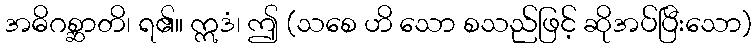
အဓိဂစ္ဆာတိ၊ ရ၏။ ဣဒံ၊ ဤ (သစေ ဟိ သော စသည်ဖြင့် ဆိုအပ်ပြီးသော)